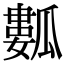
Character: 𤬏